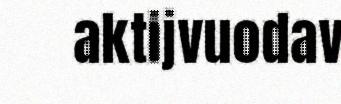
aktijvuodav